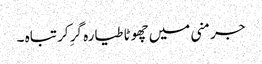
جرمنی میں چھوٹا طیارہ گرِ کر تباہ ۔